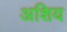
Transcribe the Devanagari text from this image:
अशिय